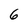
Character: 6